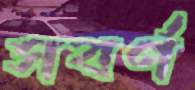
সবর্ণ